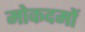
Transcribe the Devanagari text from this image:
मोकदमों